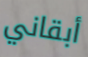
أبقاني